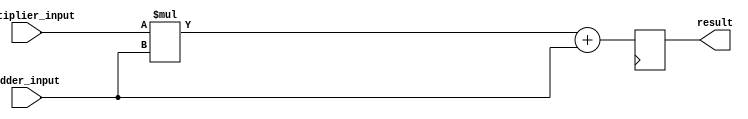
module fused_multiply_add(
  input wire [31:0] multiplier_input,
  input wire [31:0] adder_input,
  output reg [31:0] result
);

  // Multiplier
  reg [31:0] multiplied_output;
  assign multiplied_output = multiplier_input * adder_input;

  // Adder
  reg [31:0] added_output;
  assign added_output = multiplied_output + adder_input;

  // Rounder
  always @ (posedge clk) begin
    // Round to desired precision
    // Add rounding logic here
    result <= added_output; // Final output
  end

endmodule